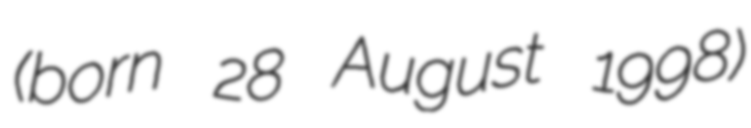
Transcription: (born 28 August 1998)